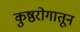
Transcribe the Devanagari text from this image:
कुष्ठरोगातून